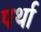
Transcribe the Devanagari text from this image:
पर्था